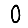
Digit: 0